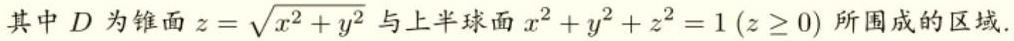
其中 \(D\) 为锥面 \(z = \sqrt{x^{2}+y^{2}}\) 与上半球面 \(x^{2}+y^{2}+z^{2}=1\ (z\geq0)\) 所围成的区域.